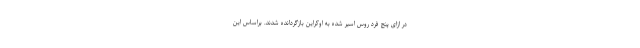
در ازای پنج فرد روس اسیر شده به اوکراین بازگردانده شدند. براساس این